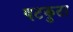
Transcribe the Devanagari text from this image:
षटकुटा